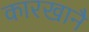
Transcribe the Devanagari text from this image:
कारखानै